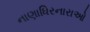
નાણાધિરનારાઓ